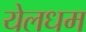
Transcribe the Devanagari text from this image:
येलधम